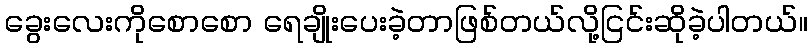
ခွေးလေးကိုစောစော ရေချိုးပေးခဲ့တာဖြစ်တယ်လို့ငြင်းဆိုခဲ့ပါတယ်။